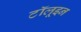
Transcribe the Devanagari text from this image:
टॉलूइन